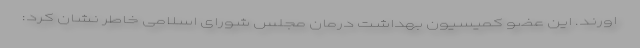
اورند. این عضو کمیسیون بهداشت درمان مجلس شورای اسلامی خاطر نشان کرد: